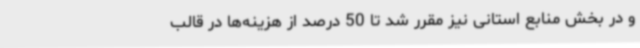
و در بخش منابع استانی نیز مقرر شد تا 50 درصد از هزینه‌ها در قالب